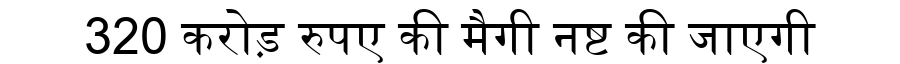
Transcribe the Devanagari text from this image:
320 करोड़ रुपए की मैगी नष्ट की जाएगी